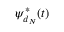
\psi _ { d _ { N } } ^ { * } ( t )